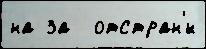
на за  отстран'́н